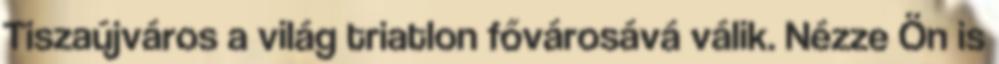
Tiszaújváros a világ triatlon fővárosává válik. Nézze Ön is